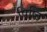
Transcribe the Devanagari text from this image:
पिष्ठि